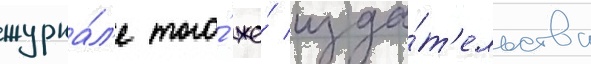
журна́л'е того́ же́ изда́т'ельства